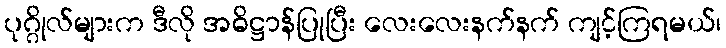
ပုဂ္ဂိုလ်များက ဒီလို အဓိဋ္ဌာန်ပြုပြီး လေးလေးနက်နက် ကျင့်ကြရမယ်၊